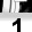
Digit: 1